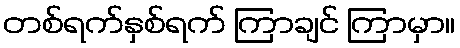
တစ်ရက်နှစ်ရက် ကြာချင် ကြာမှာ။